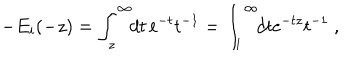
LaTeX: - E _ { i } ( - z ) = \int _ { z } ^ { \infty } \! \! d t \, { \mathrm e } ^ { - t } t ^ { - 1 } = \int _ { 1 } ^ { \infty } \! \! d t { \mathrm e } ^ { - t z } t ^ { - 1 } \ ,